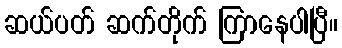
ဆယ်ပတ် ဆက်တိုက် ကြာနေပါပြီ။